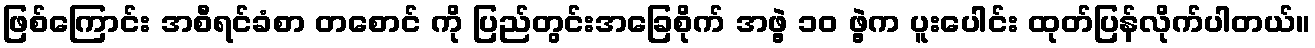
ဖြစ်ကြောင်း အစီရင်ခံစာ တစောင် ကို ပြည်တွင်းအခြေစိုက် အဖွဲ့ ၁ဝ ဖွဲ့က ပူးပေါင်း ထုတ်ပြန်လိုက်ပါတယ်။